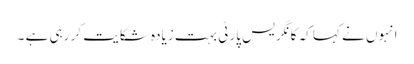
انہوں نے کہا کہ کانگریس پارٹی بہت زیادہ شکایت کر رہی ہے ۔